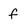
Character: f